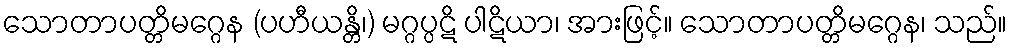
သောတာပတ္တိမဂ္ဂေန (ပဟီယန္တိ၊) မဂ္ဂပ္ပဋိ ပါဋိယာ၊ အားဖြင့်။ သောတာပတ္တိမဂ္ဂေန၊ သည်။